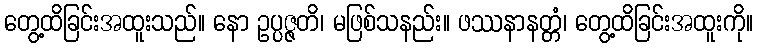
တွေ့ထိခြင်းအထူးသည်။ နော ဥပ္ပဇ္ဇတိ၊ မဖြစ်သနည်း။ ဖဿနာနတ္တံ၊ တွေ့ထိခြင်းအထူးကို။